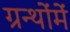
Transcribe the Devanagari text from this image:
ग्रन्थोंमें